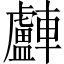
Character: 𨏧